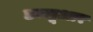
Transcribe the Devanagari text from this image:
डब्लूआर